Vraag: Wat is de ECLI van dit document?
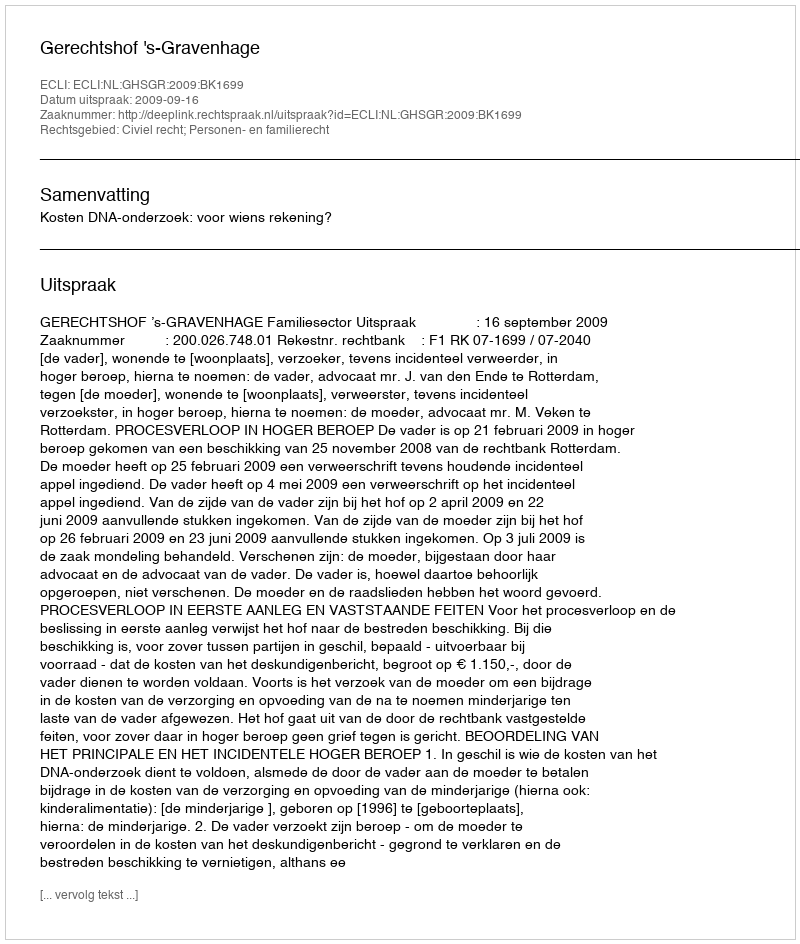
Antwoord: ECLI:NL:GHSGR:2009:BK1699